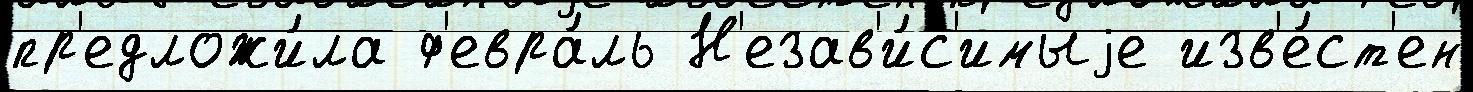
пр'едложи́ла ф'евра́ль Н'езав'и́с'имыjе изв'е́ст'ен